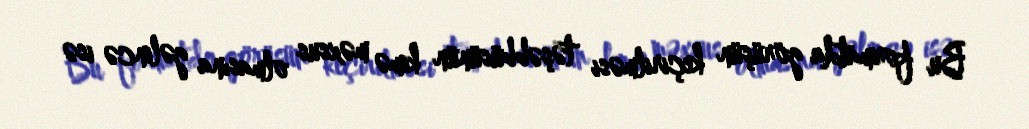
Bu formatda görüşün keçirilməsi təşəbbüsünün kimə məxsus olmasına gəlincə isə